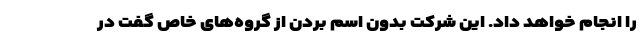
را انجام خواهد داد. این شرکت بدون اسم بردن از گروه‌های خاص گفت در